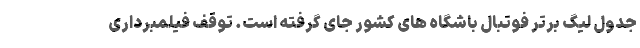
جدول لیگ برتر فوتبال باشگاه های کشور جای گرفته است. توقف فیلمبرداری